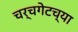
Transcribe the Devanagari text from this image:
चर्चगेटच्या